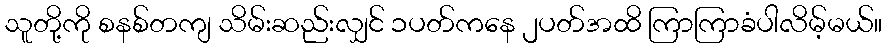
သူတို့ကို စနစ်တကျ သိမ်းဆည်းလျှင် ၁ပတ်ကနေ ၂ပတ်အထိ ကြာကြာခံပါလိမ့်မယ်။